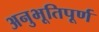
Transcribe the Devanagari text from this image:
अनुभूतिपूर्ण